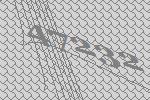
47232